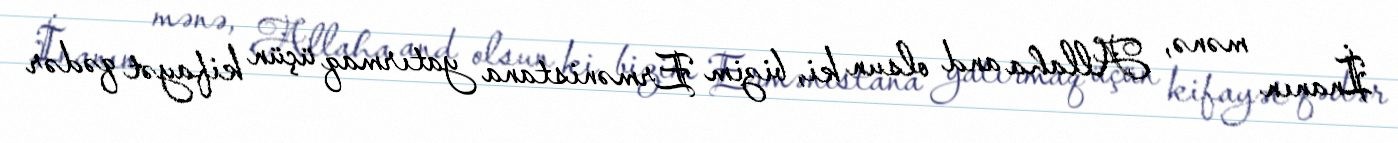
İnanın mənə, Allaha and olsun ki, bizim Ermənistana yatırmaq üçün kifayət qədər